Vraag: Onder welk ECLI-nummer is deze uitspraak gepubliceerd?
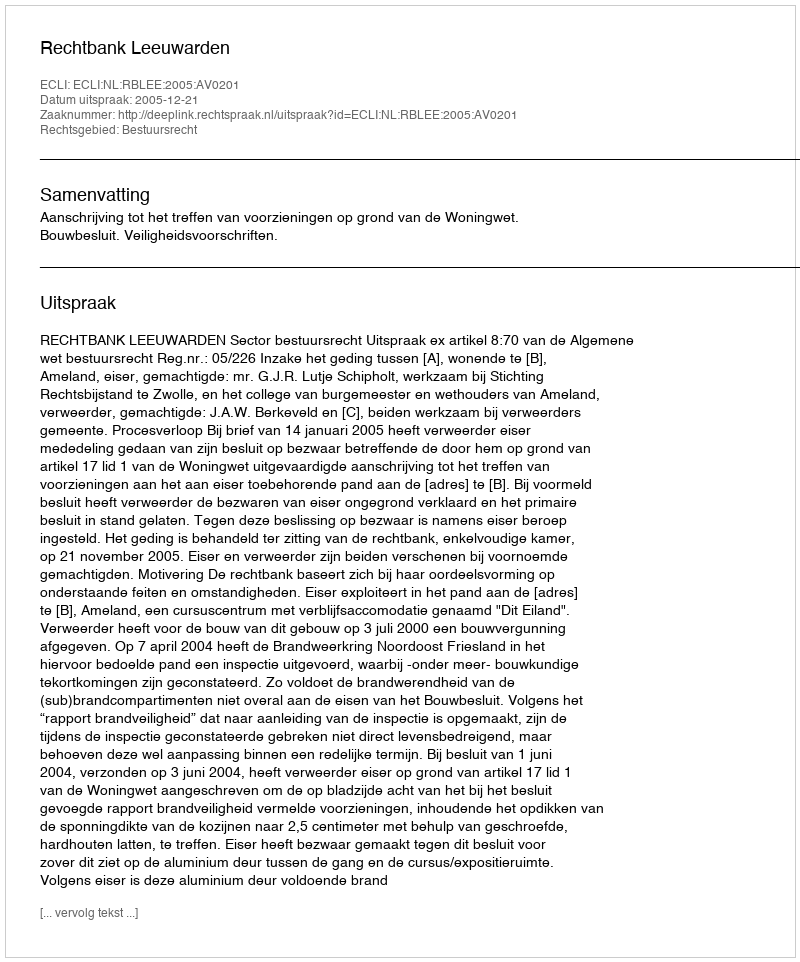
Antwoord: ECLI:NL:RBLEE:2005:AV0201